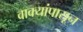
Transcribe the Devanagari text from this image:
वाक्यांपासून